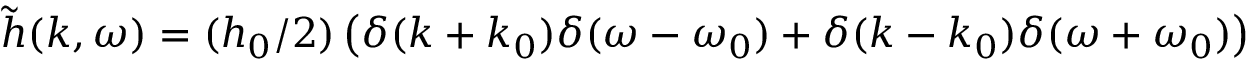
\tilde { h } ( k , \omega ) = ( h _ { 0 } / 2 ) \left( \delta ( k + k _ { 0 } ) \delta ( \omega - \omega _ { 0 } ) + \delta ( k - k _ { 0 } ) \delta ( \omega + \omega _ { 0 } ) \right)